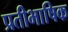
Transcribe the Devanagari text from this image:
प्रतीभाषिक